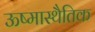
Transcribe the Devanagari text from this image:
ऊष्मास्थैतिक